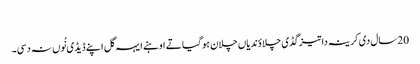
‏
20 سال دی کرینہ دا تیز گڈی چلاؤندیاں چلا‌ن ہو گیا تے اوہنے ایہہ گل اپنے ڈیڈی نُوں نہ دسی۔